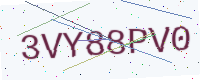
Text: 3VY88PV0